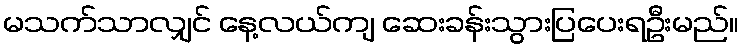
မသက်သာလျှင် နေ့လယ်ကျ ဆေးခန်းသွားပြပေးရဦးမည်။